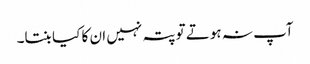
آپ نہ ہوتے تو پتہ نہیں ان کا کیا بنتا۔